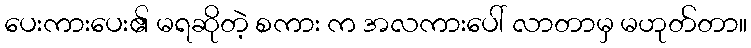
ပေးကားပေး၏ မရဆိုတဲ့ စကား က အလကားပေါ် လာတာမှ မဟုတ်တာ။